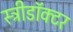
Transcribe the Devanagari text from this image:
स्त्रीडॉक्टर